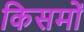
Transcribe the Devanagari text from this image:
किसमों